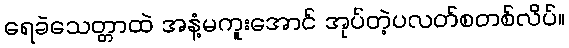
ရေခဲသေတ္တာထဲ အနံ့မကူးအောင် အုပ်တဲ့ပလတ်စတစ်လိပ်။